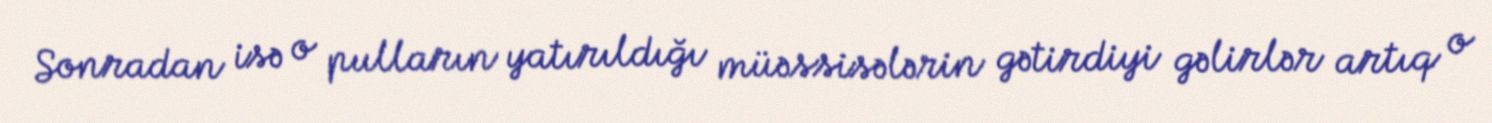
Sonradan isə o pulların yatırıldığı müəssisələrin gətirdiyi gəlirlər artıq o